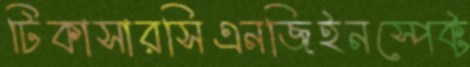
টিকাসারসিএনজিইনস্পেক্ট